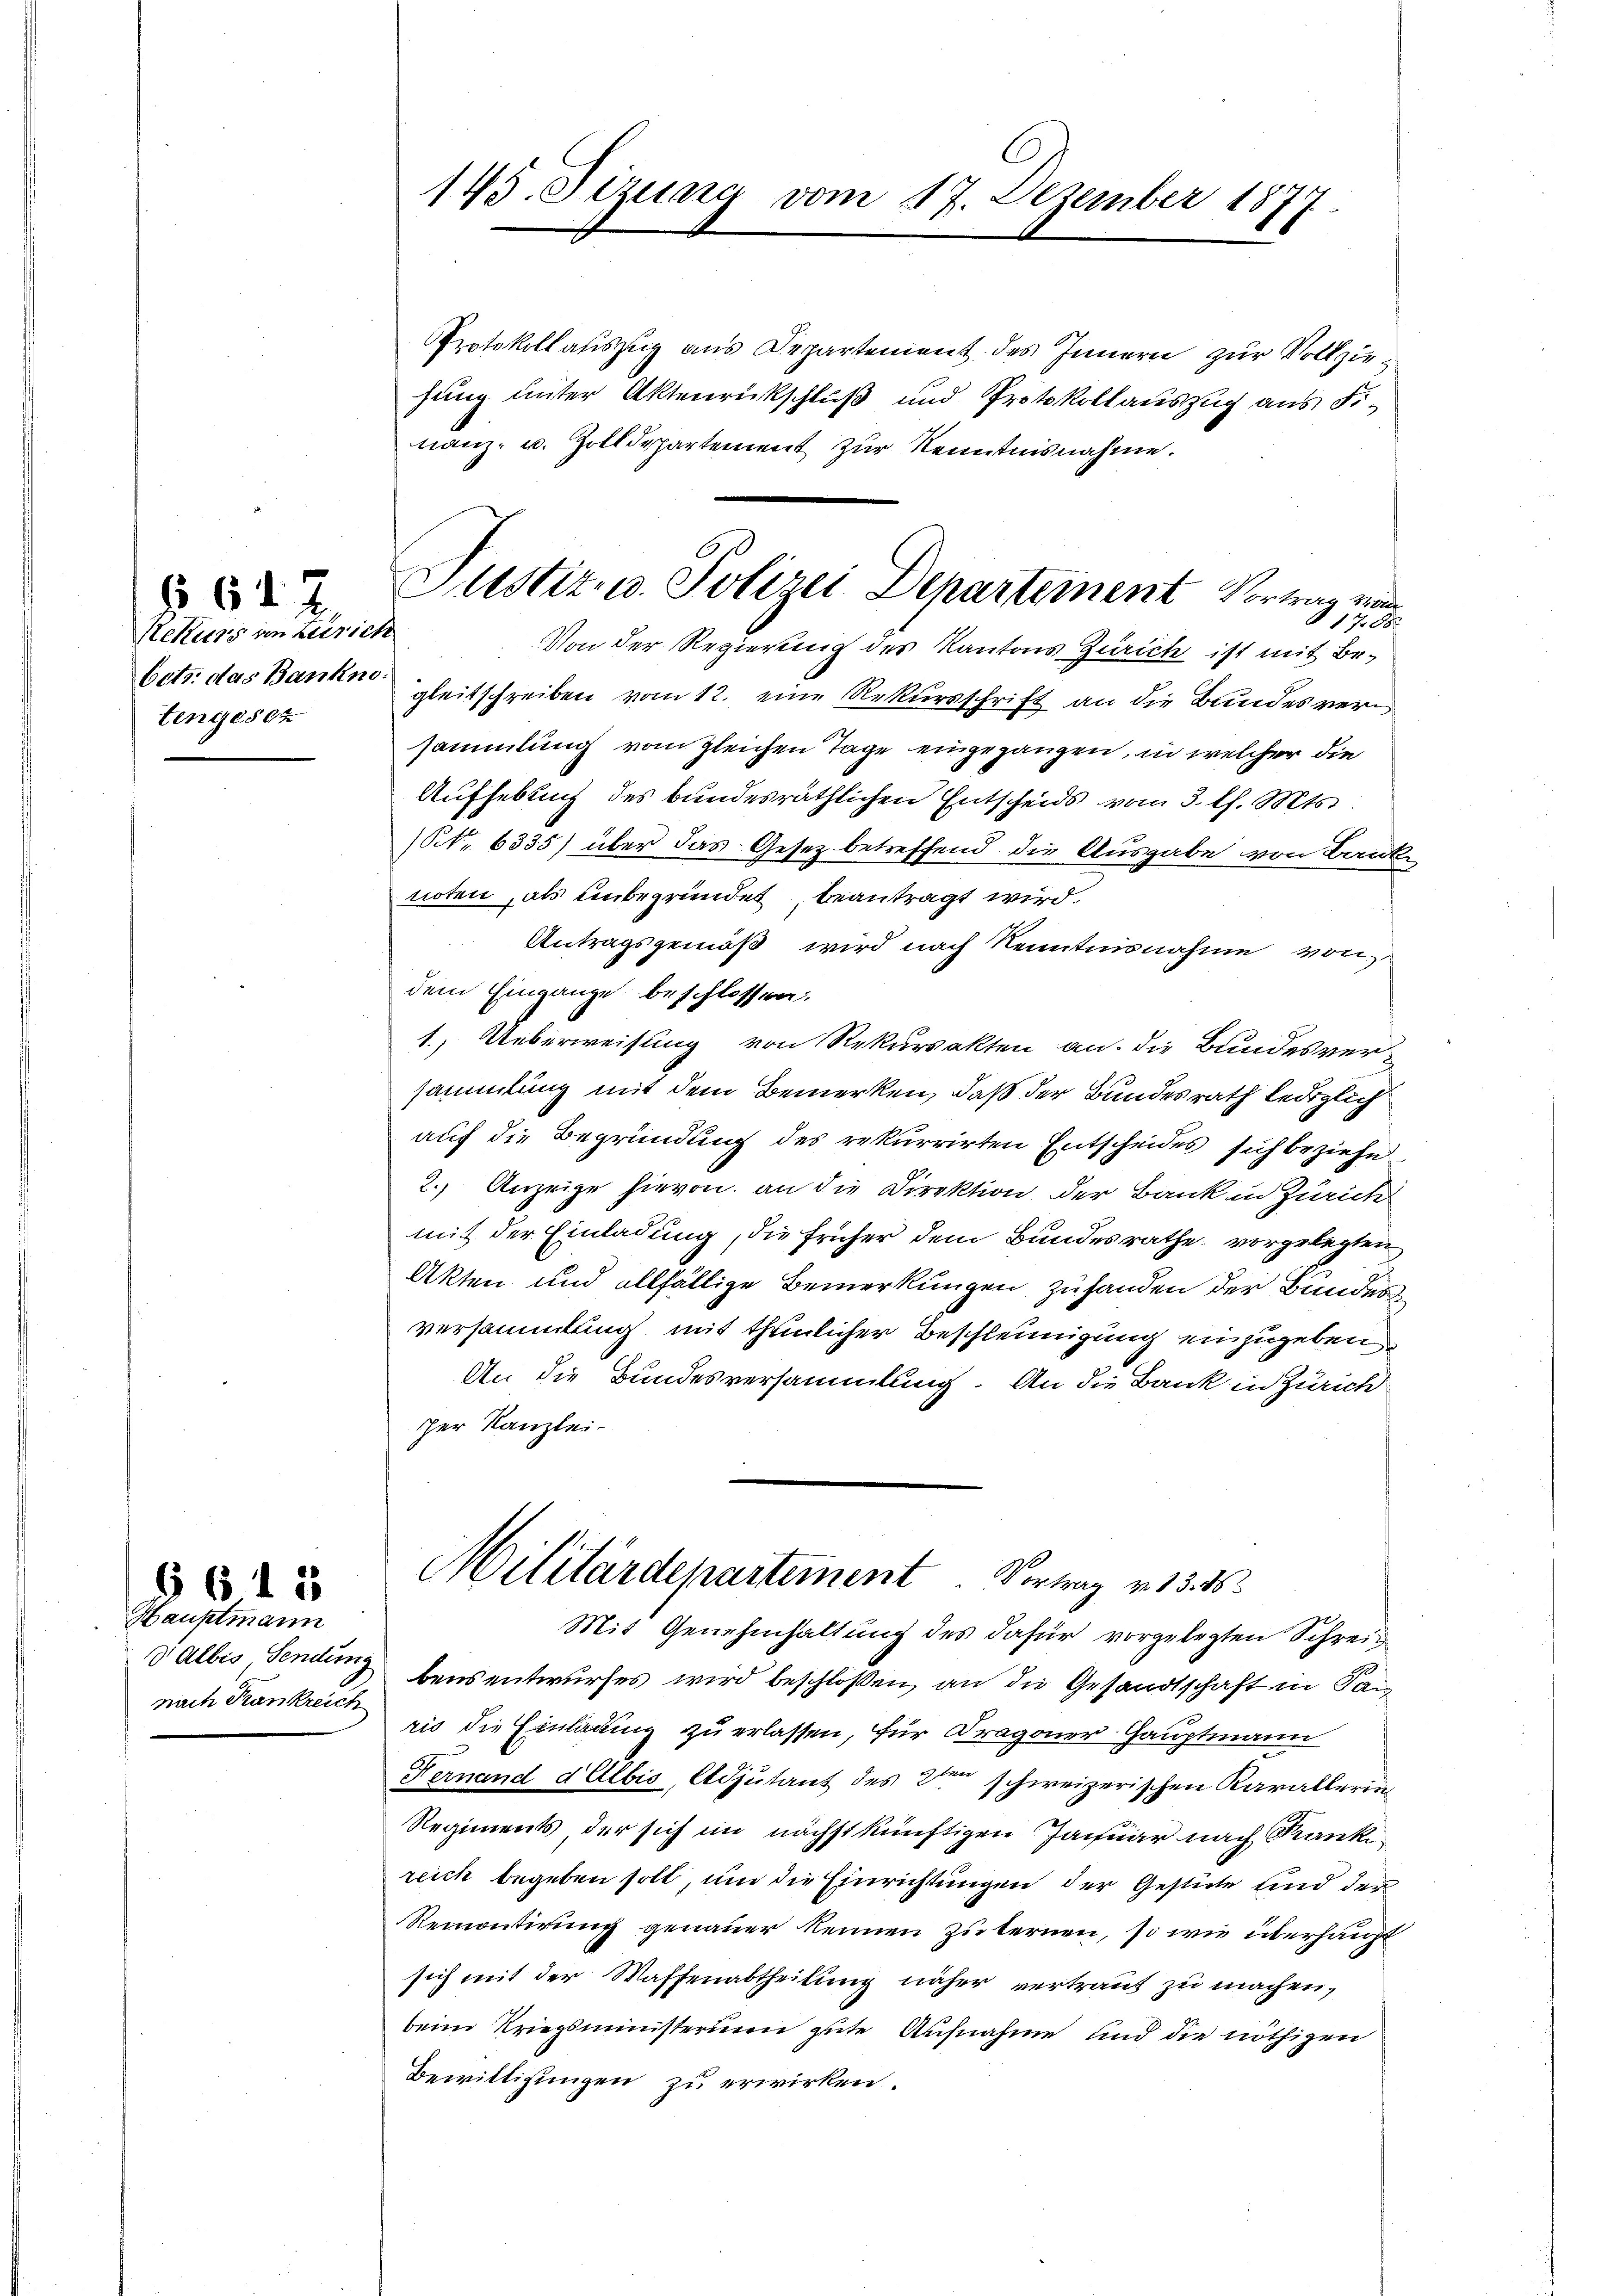
Rekurs in Zürich
tengesez

6617

Hauptmann
nach Krankreich

§ 643

145. Sizung vom 17. Dezember 1874
1

Protokoll auszug aus Departement des Innern zur Vollziehung unter Aktenrückschluß und Protokollauszug aus Finanz- u. Zolldepartement zur Kenntnisnahme.
117 xx
Von der Regierung des Kantons Zürich ist mit Bebetr. das Banken gleitschreiben vom 12. eine Rekursschrift an die Bundesversammlung vom gleichen Tage eingegangen, in welcher die
Aufhebung des bundesräthlichen Entscheids vom 3. l. Mts.
(Nr. 6335) über das Gesetz betreffend die Ausgabe von Banke
noten, als unbegründet, beantragt wird.
Antragsgemäß wird nach Kenntnisnahme von
dem Eingange beschlossen:
1. Ueberweisung von Rekursakten an die Bundesversammlung mit dem Bemerken, daß der Bundesrath lediglich
auf die Begründung des rekurrirten Entscheides sich beziehe.
2.) Anzeige hievon an die Direktion der Bank in Zürich
mit der Einladung, die früher dem Bundesrathe vorgelegten
Akten und allfällige Bemerkungen zuhanden der Bundes
versammlung mit thunlicher Beschleunigung einzugeben
An die Bundesversammlung. An die Bank in Zürich
her Kanzlei-
Militärdepartement. Vortrag v. 15. 15
Mit Genehmhaltung des dafür vorgelegten Schrei¬
Valbis Sendung bensentwurfes wird beschloßen, an die Gesandtschaft in San
ris die Einladung zu erlassen, für Dragoner Hauptmann
Fernand d Albis, Adjutant des de schweizerischen Karallerin
Regiments der sich im nächstkünftigen Jaquar nach Kranke
reich begeben soll, um die Einrichtungen der Gestücke und der
Remontirung genauer kennen zuternen, so wie überhaupt
sich mit der Waffenabtheilung näher vertraut zu machen,
beim Kriegsministerium gute Aufnahme und die nöthigen
Bewilligungen zu erwirken.

Justiz- u. Polizei Departement Vortrag von